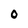
Character: O